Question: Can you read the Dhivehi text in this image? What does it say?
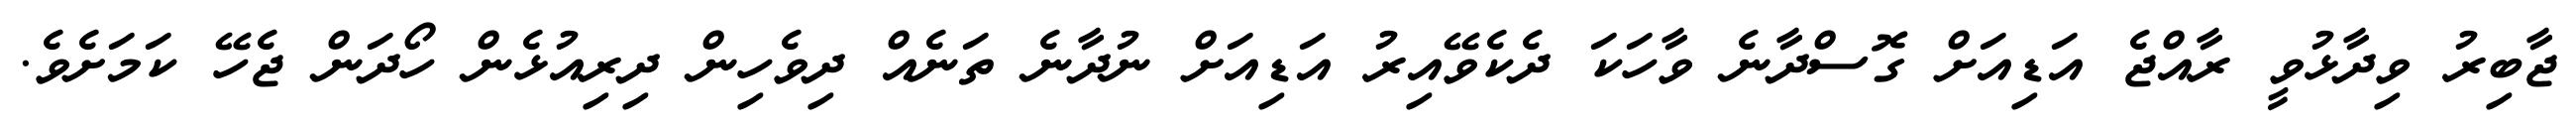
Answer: ޖާބިރު ވިދާޅުވީ ރާއްޖެ އަޑިއަށް ގޮސްދާނެ ވާހަކަ ދެކެވޭއިރު އަޑިއަށް ނުދާނެ ތަނެއް ދިވެހިން ދިރިއުޅެން ހޯދަން ޖެހޭ ކަމަށެވެ.